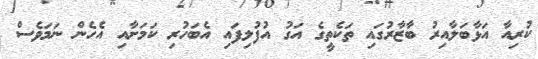
ކުރިއާ އަޅާބަލާއިރު ބާޒާރުގައި ތަކެތީގެ އަގު އުފުލިފައި އެބަހުރި ކަމަށާއި އެހެން ނަމަވެސް